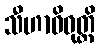
သီဟာဓိဝုတ္တိ